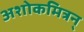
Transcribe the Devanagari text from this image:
अशोकमित्रन्